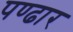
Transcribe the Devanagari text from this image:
पण्‍ढार